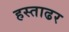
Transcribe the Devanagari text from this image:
हस्ताढर